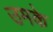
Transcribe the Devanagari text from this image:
उमके